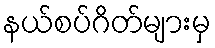
နယ်စပ်ဂိတ်များမှ